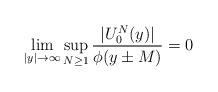
LaTeX: \begin{align*}\lim_{\vert y \vert \to \infty} \sup_{N \ge 1} \frac{|U_0^{N}(y)|}{\phi(y \pm M)}=0\end{align*}